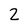
Character: 2